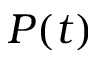
P ( t )